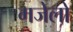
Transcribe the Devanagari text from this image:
मजेलो